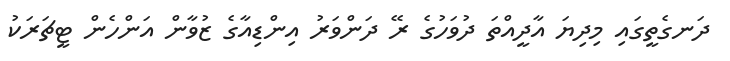
ދަނގެތީގައި މިދިޔަ އާދީއްތަ ދުވަހުގެ ރޭ ދަންވަރު އިންޑިއާގެ ޒުވާން އަންހެން ޓީޗަރަކު